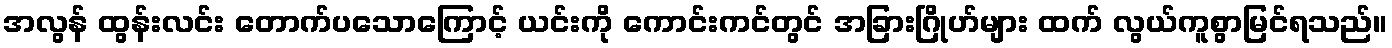
အလွန် ထွန်းလင်း တောက်ပသောကြောင့် ယင်းကို ကောင်းကင်တွင် အခြားဂြိုဟ်များ ထက် လွယ်ကူစွာမြင်ရသည်။